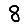
Digit: 8